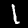
Digit: 1